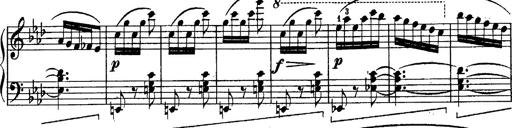
Title: Schubert's Impromptus [revised and edited by Franz Liszt]
Composer: Franz Liszt